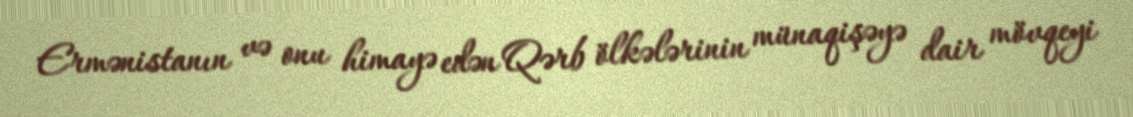
Ermənistanın və onu himayə edən Qərb ölkələrinin münaqişəyə dair mövqeyi